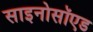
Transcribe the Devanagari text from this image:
साइनोसॉएड